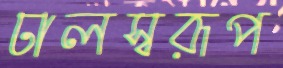
ঢালস্বরূপ